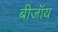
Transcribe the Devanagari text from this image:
बीजॉय